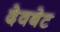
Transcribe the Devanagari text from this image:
देवबेट